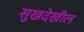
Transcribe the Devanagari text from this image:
सुखदेखील